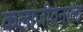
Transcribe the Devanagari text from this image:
कलाजीवनाला